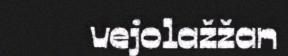
vejolažžan